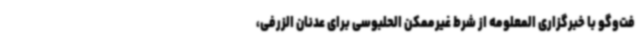
فت‌وگو با خبرگزاری المعلومه از شرط غیرممکن الحلبوسی برای عدنان الزرفی،